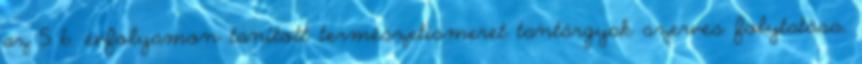
az 5 6. évfolyamon tanított természetismeret tantárgyak szerves folytatása.